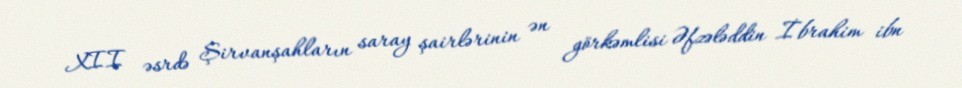
XII əsrdə Şirvanşahların saray şairlərinin ən görkəmlisi Əfzələddin İbrahim ibn